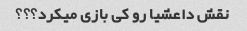
نقش داعشیا رو کی بازی میکرد؟؟؟